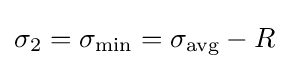
\sigma _{2}=\sigma _{\min }=\sigma _{\text{avg}}-R